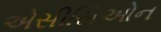
એસીસિઓન